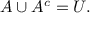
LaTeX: A \cup A ^ { c } = U .